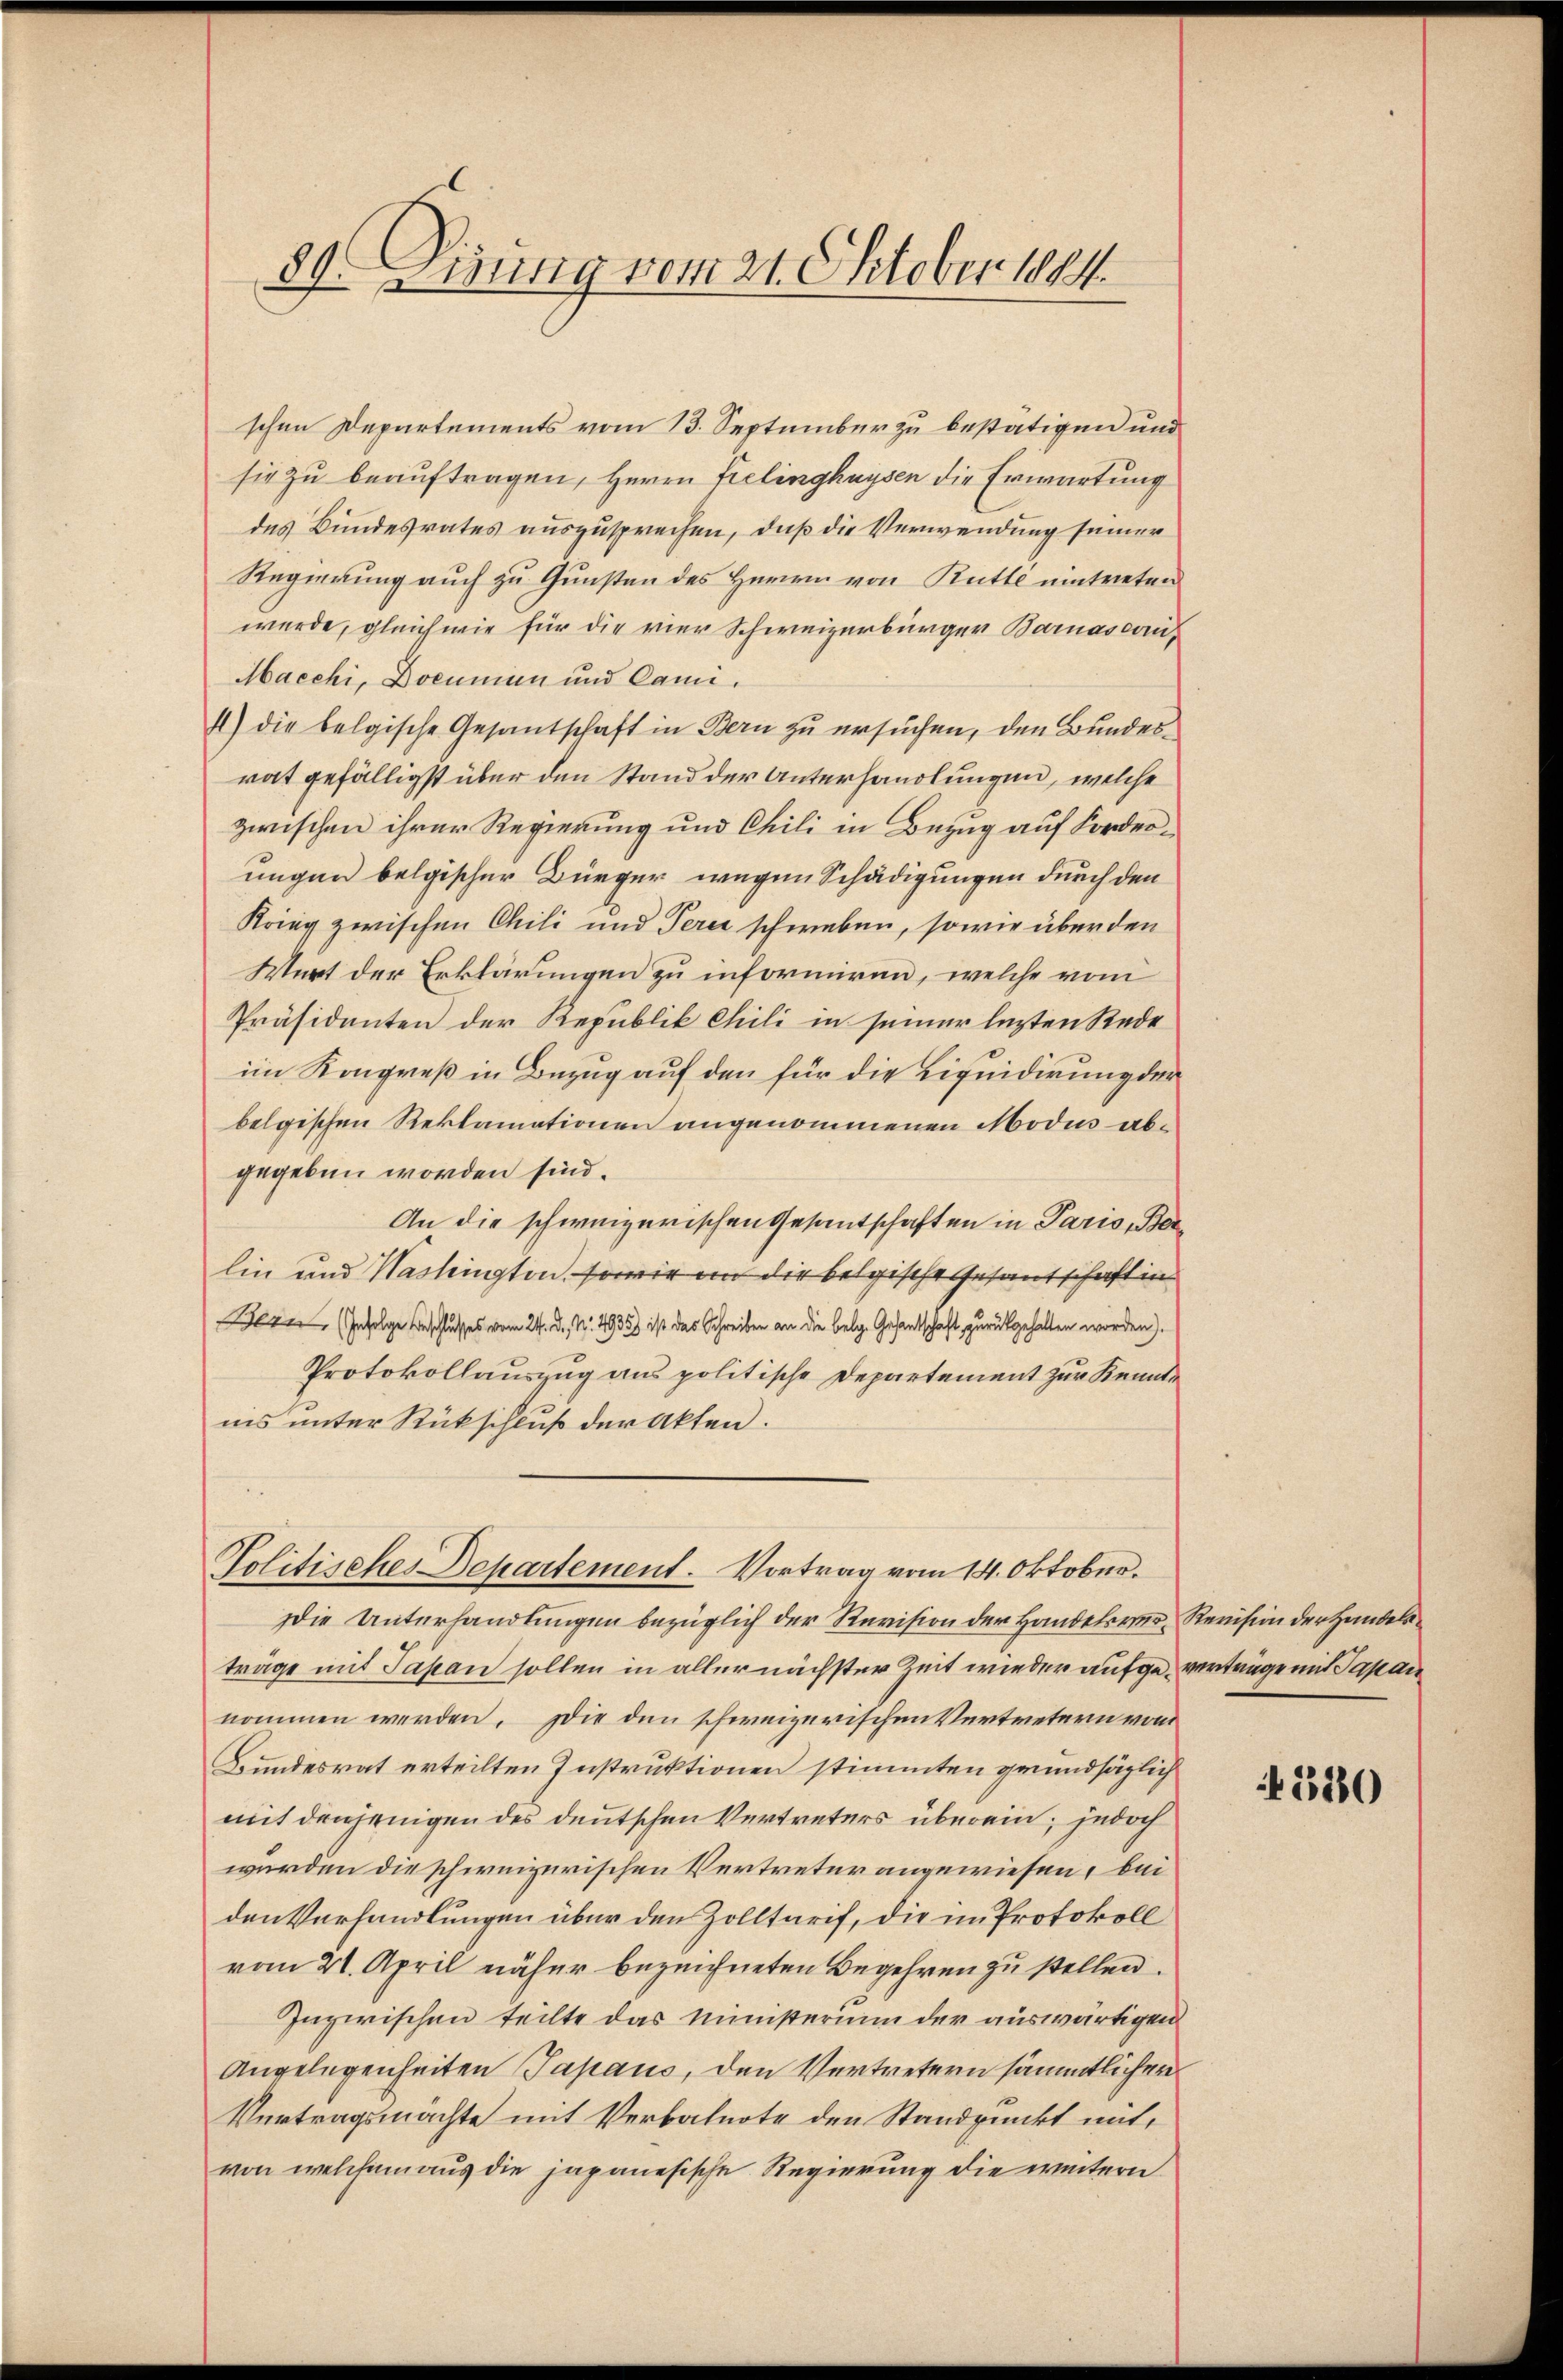
89. Einung vom 21. Oktober 1844.

schen Departements vom 13. September zu bestätigen und
sie zu beauftragen, Herrn Frelingkaysen die Erwartung
des Bundesrates auszusprechen, daß die Verwendung seiner
Regierung auch zu Gunsten des Herrn von Rütte eintreten
werde, gleichwie für die vier Schweizerbürger Barnascon¬
Macchi, Documen und Cami¬
4) die belgische Gesantschaft in Bern zu ersuchen, den Bundesrat gefälligst über den Stand der Unterhandlungen, welche
zwischen ihrer Regierung und Chili in Bezug auf Forderungen belgischer Bürger wegen Schädigungen durch den
Krieg zwischen Chili und Terer schweben, sowie über den
Wert der Erklärungen zu informiren, welche vom
Präsidenten der Republik Chili in seiner lezten Rede
im Kongreß in Bezug auf den für die Liquidirung der
belgischen Reklamationen angenommenen Modus abgegeben worden sind.
An die schweizerischen Gesantschaften in Paris, Berlin und Waslingten, sowie an die belgische Gesantschaft in
 (Infolge Beschlusses vom 24. d. N. 4935) ist das Schreiben an die belg. Gesandtschaft zurückgehalten worden).
Protokollauszug aus politische Departement zur Kennte
nis unter Rückschluß der Akten.

Politisches Departement. Vortrag vom 14. Oktober.

Die Unterhandlungen bezüglich der Revision der Handelsver Revision der Handelsträge mit Papan sollen in allernächster Zeit wieder aufgeverträge mit Papan
nommen werden. Die den schweizerischen Vertretern vom
Bundesrat erteilten Instruktionen stimmten grundsäglich
mit denjenigen des deutschen Vertreters überein; jedoch
wurden die schweizerischen Vertreter angewiesen, bei
den Verhandlungen über den Zolltarif, die im Protokoll
vom 21. April näher bezeichneten Begehren zu stellen.
Inzwischen teilte das Ministerium der auswärtigen
Angelegenheiten Japans, den Vertretern sämmtlichen
Vertragsmachte mit Verbalnote den Standpunkt mit
von welchem aus die japanesische Regierung die weitern

4330